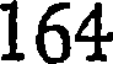
164